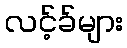
လင့်ခ်များ